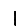
Digit: 1